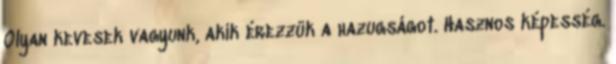
Olyan kevesek vagyunk, akik érezzük a hazugságot. Hasznos képesség.